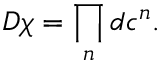
{ \cal D } \chi = \prod _ { n } d c ^ { n } .